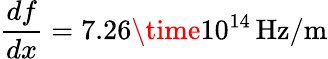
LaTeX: \frac{df}{dx}=7.26\time 10^{14}\, \mathrm{Hz/m}